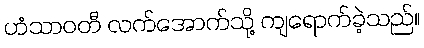
ဟံသာဝတီ လက်အောက်သို့ ကျရောက်ခဲ့သည်။